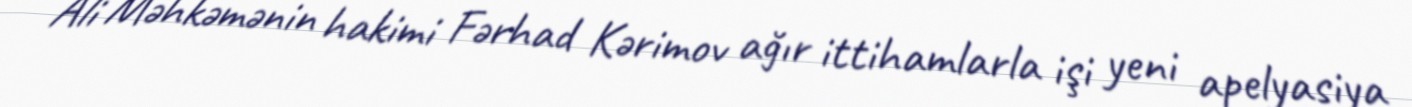
Ali Məhkəmənin hakimi Fərhad Kərimov ağır ittihamlarla işi yeni apelyasiya